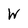
Character: W